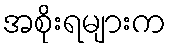
အစိုးရများက